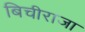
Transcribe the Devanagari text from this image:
बिचीराजा